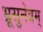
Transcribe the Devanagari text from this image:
भ्रूसुनेत्रम्